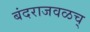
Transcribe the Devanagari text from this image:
बंदराजवळच्